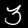
Digit: 3